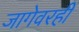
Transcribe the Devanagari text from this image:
जागेवरही